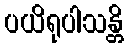
ပယိရုပါသန္တိ